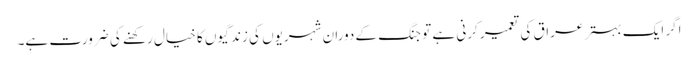
اگر ایک بہتر عراق کی تعمیر کرنی ہے تو جنگ کے دوران شہریوں کی زندگیوں کا خیال رکھنے کی ضرورت ہے۔